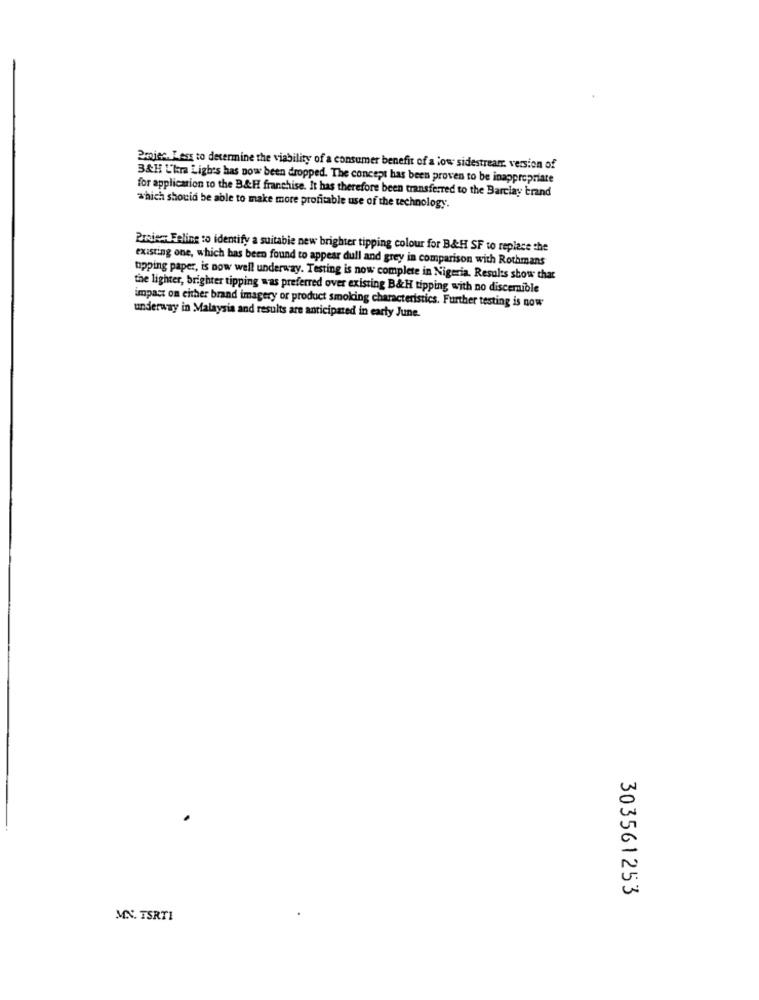
Projec. Less to determine the viability of a consumer benefit of a low sidestream, version of
B&H L'kra Ligh's has now been dropped. The concept has been proven to be inappropriate
for application to the B&H franchise. It has therefore been transferred to the Barclay brand
which should be able to make more profitable use of the technology.
Braies Feling to identify a suitable new brighter tipping colour for B&H SF to replace the
existing one, which has been found to appear dull and grey in comparison with Rothmans
tipping paper, is now well underway. Testing is now complete in Nigeria. Results show that
the lighter, brighter tipping was preferred over existing B&H tipping with no discemible
impact on either brand imagery or product smoking characteristics. Further testing is now
underway in Malaysia and results are anticipated in early June.
303561253
MN. TSRT1